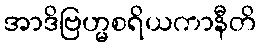
အာဒိဗြဟ္မစရိယကာနီတိ